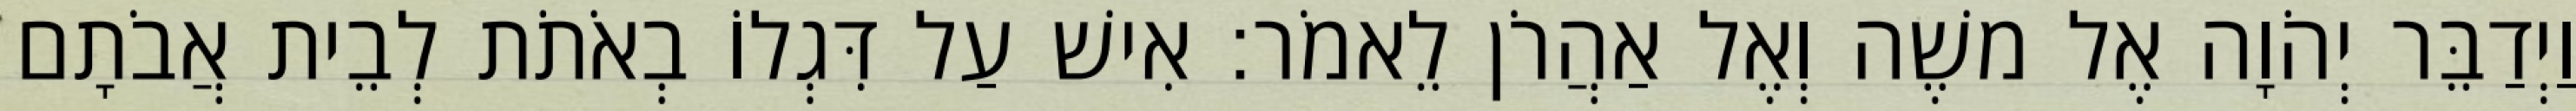
וַיְדַבֵּר יְהֹוָה אֶל משֶׁה וְאֶל אַהֲרֹן לֵאמֹר׃ אִישׁ עַל דִּגְלוֹ בְאֹתֹת לְבֵית אֲבֹתָם